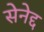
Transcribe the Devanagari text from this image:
सेनेद्द